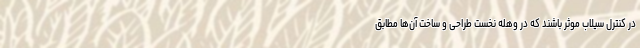
در کنترل سیلاب موثر باشند که در وهله نخست طراحی و ساخت آن‌ها مطابق